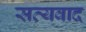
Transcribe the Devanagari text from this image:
सत्यवाद